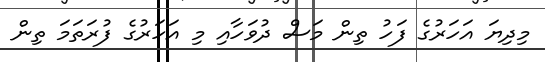
މިދިޔަ އަހަރުގެ ފަހު ތިން މަސް ދުވަހާއި މި އަހަރުގެ ފުރަތަމަ ތިން